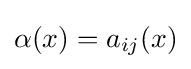
\alpha (x)=a_{ij}(x)